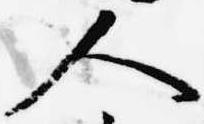
人